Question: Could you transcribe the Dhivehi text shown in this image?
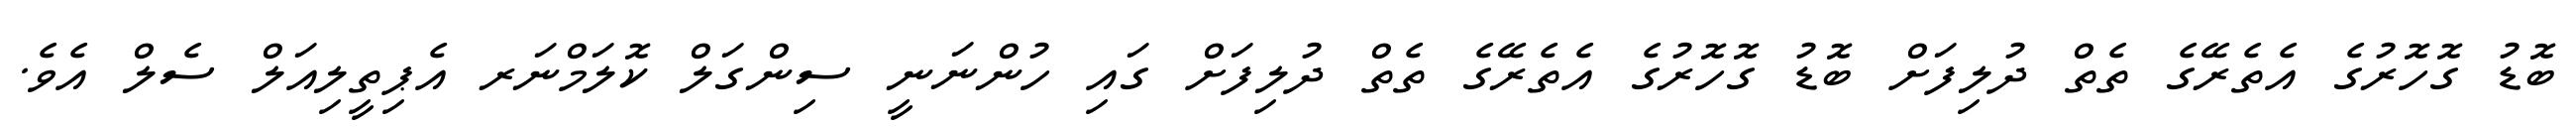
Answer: ބޮޑު ގޮހޮރުގެ އެތެރޭގެ ތެތް ދުލިފަށް ބޮޑު ގޮހޮރުގެ އެތެރޭގެ ތެތް ދުލިފަށް ގައި ހުންނަނީ ސިންގަލް ކޮލަމްނަރ އެޕިތީލިއަލް ސެލް އެވެ.